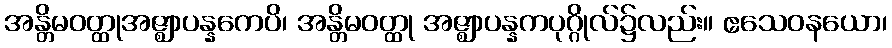
အန္တိမဝတ္ထုအဇ္ဈာပန္နကေပိ၊ အန္တိမဝတ္ထု အဇ္ဈာပန္နကပုဂ္ဂိုလ်၌လည်း။ ဧသေဝနယော၊